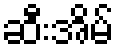
ဆီးအိမ်